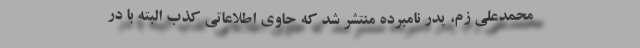
محمدعلی زم، پدر نامبرده منتشر شد که حاوی اطلاعاتی کذب البته با در